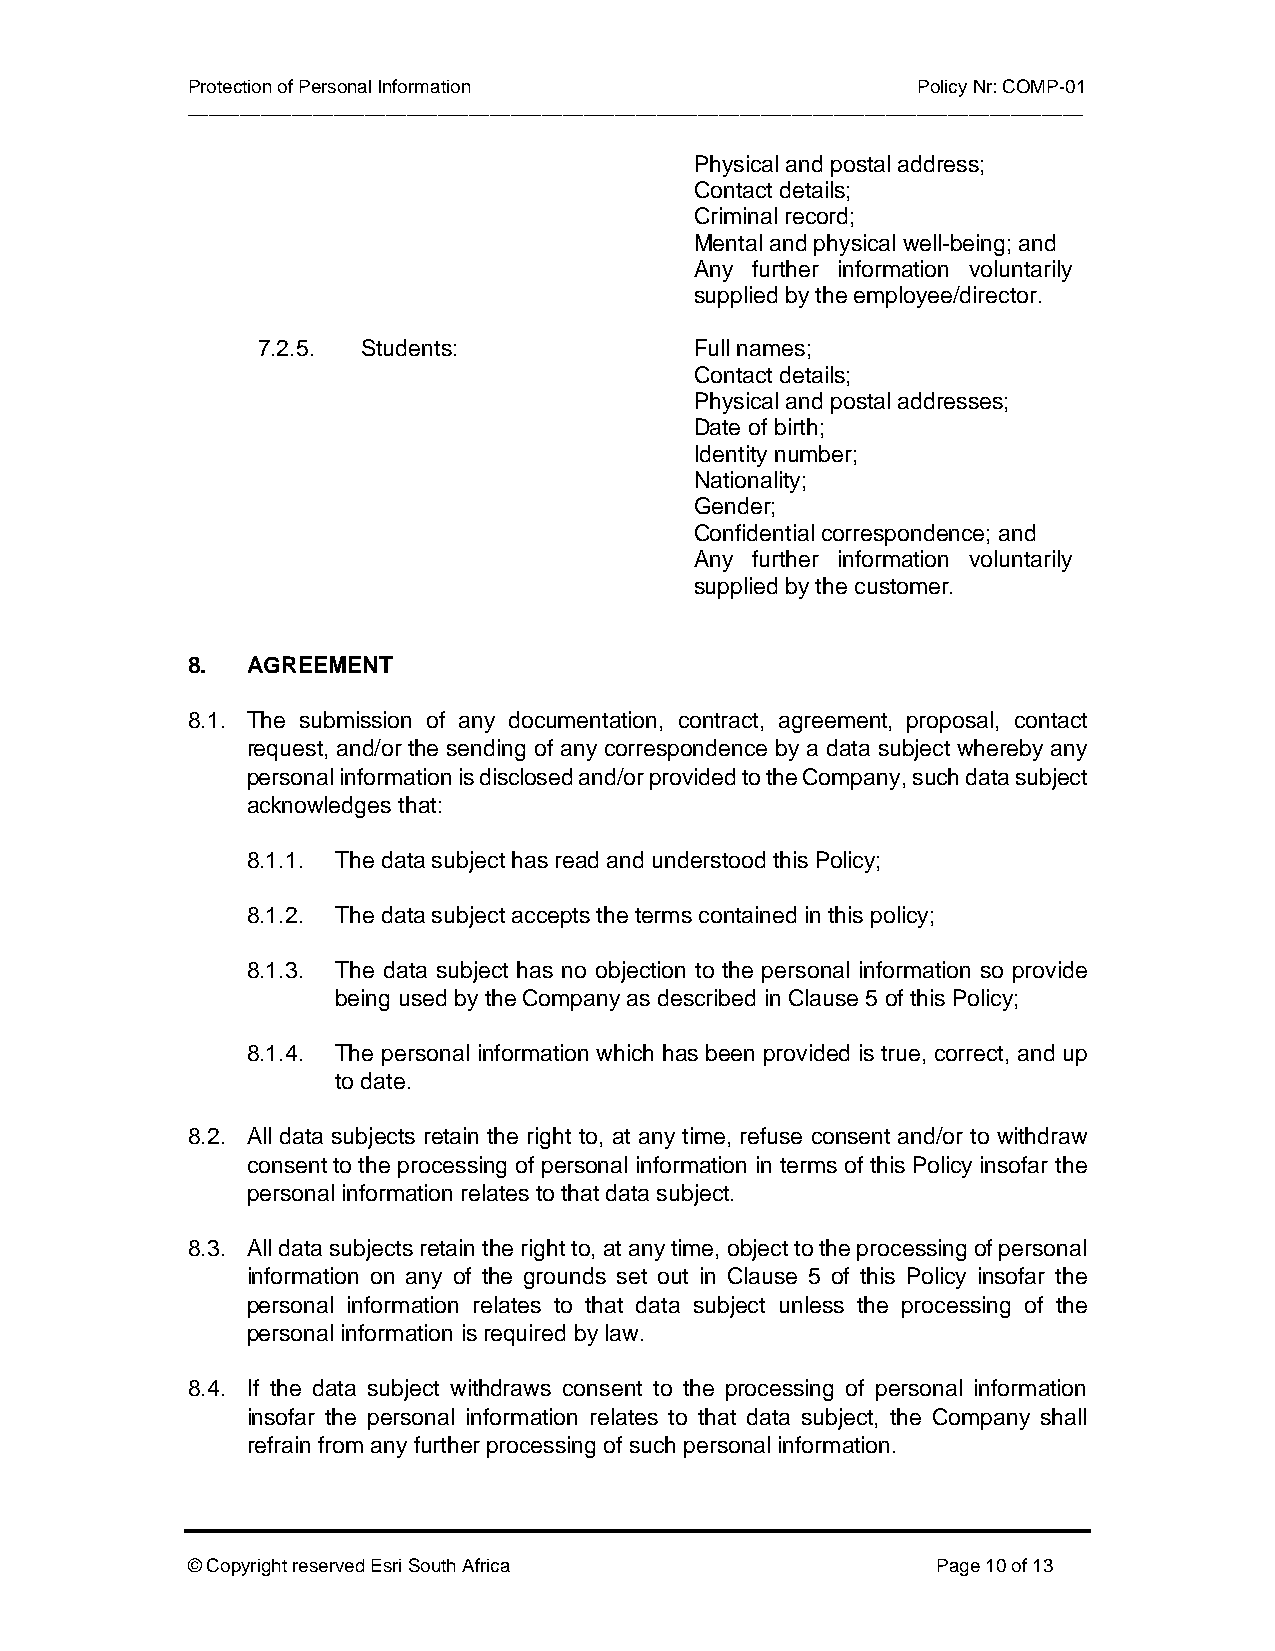
Protection of Personal Information               Policy Nr: COMP-01
 ______________________________________________________________________________________
 Physical and postal address;
 Contact details;
 Criminal record;
 Mental and physical well-being; and
 Any further information voluntarily
 supplied by the employee/director.
 7.2.5. Students:             Full names;
 Contact details;
 Physical and postal addresses;
 Date of birth;
 Identity number;
 Nationality;
 Gender;
 Confidential correspondence; and
 Any further information voluntarily
 supplied by the customer.
 8.  AGREEMENT
 8.1. The submission of any documentation, contract, agreement, proposal, contact
 request, and/or the sending of any correspondence by a data subject whereby any
 personal information is disclosed and/or provided to the Company, such data subject
 acknowledges that:
 8.1.1. The data subject has read and understood this Policy;
 8.1.2. The data subject accepts the terms contained in this policy;
 8.1.3. The data subject has no objection to the personal information so provide
 being used by the Company as described in Clause 5 of this Policy;
 8.1.4. The personal information which has been provided is true, correct, and up
 to date.
 8.2. All data subjects retain the right to, at any time, refuse consent and/or to withdraw
 consent to the processing of personal information in terms of this Policy insofar the
 personal information relates to that data subject.
 8.3. All data subjects retain the right to, at any time, object to the processing of personal
 information on any of the grounds set out in Clause 5 of this Policy insofar the
 personal information relates to that data subject unless the processing of the
 personal information is required by law.
 8.4. If the data subject withdraws consent to the processing of personal information
 insofar the personal information relates to that data subject, the Company shall
 refrain from any further processing of such personal information.
 © Copyright reserved Esri South Africa            Page 10 of 13